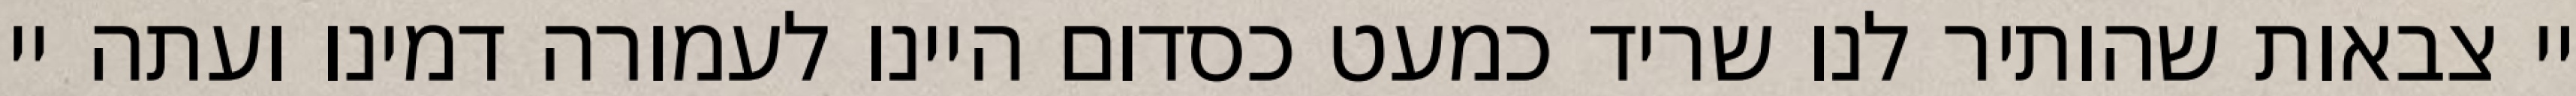
יי צבאות שהותיר לנו שריד כמעט כסדום היינו לעמורה דמינו ועתה יי